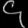
Digit: ၄